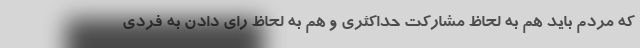
که مردم باید هم به لحاظ مشارکت حداکثری و هم به لحاظ رای دادن به فردی